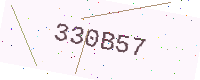
Text: 330B57